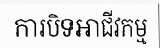
ការបិទអាជីវកម្ម